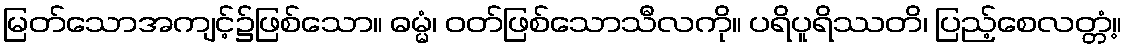
မြတ်သောအကျင့်၌ဖြစ်သော။ ဓမ္မံ၊ ဝတ်ဖြစ်သောသီလကို။ ပရိပူရိဿတိ၊ ပြည့်စေလတ္တံ့။